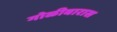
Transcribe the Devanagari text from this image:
गोळीबारास